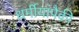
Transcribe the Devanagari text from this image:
धर्मीयांपैकी